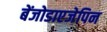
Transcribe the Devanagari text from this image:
बेंजोडाएजेपिन